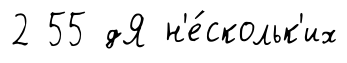
2 55 дЯ н'е́скольк'их